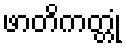
ဖာတိကတ္တုံ